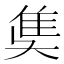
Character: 𨾎